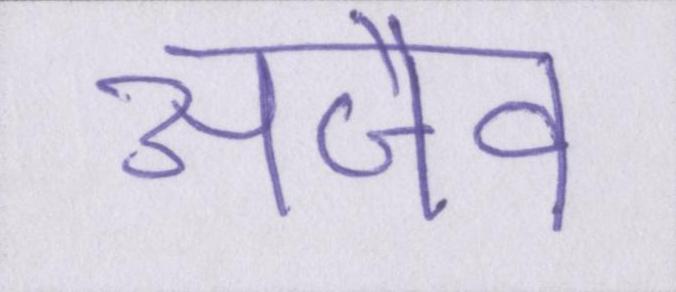
अजैव